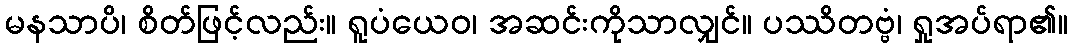
မနသာပိ၊ စိတ်ဖြင့်လည်း။ ရူပံယေဝ၊ အဆင်းကိုသာလျှင်။ ပဿိတဗ္ဗံ၊ ရှုအပ်ရာ၏။